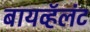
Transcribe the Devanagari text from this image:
बायव्हॅलंट